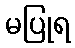
မပြုရ